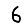
Digit: 6